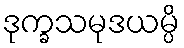
ဒုက္ခသမုဒယမ္ပိ